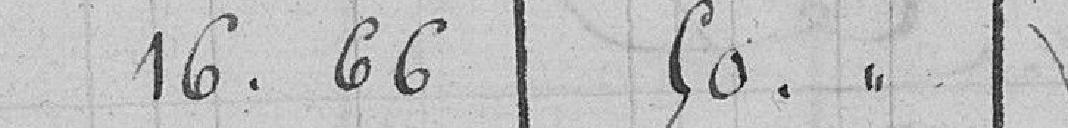
16.66 50.